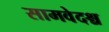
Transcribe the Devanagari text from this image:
सामवेदश्च